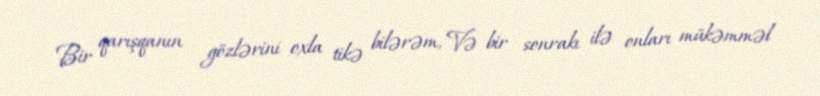
Bir qarışqanın gözlərini oxla tikə bilərəm, Və bir sonrakı ilə onları mükəmməl